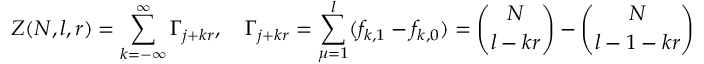
Z ( N , l , r ) = \sum _ { k = - \infty } ^ { \infty } \Gamma _ { j + k r } , \quad \Gamma _ { j + k r } = \sum _ { \mu = 1 } ^ { l } ( f _ { k , 1 } - f _ { k , 0 } ) = { \binom { N } { l - k r } } - { \binom { N } { l - 1 - k r } }